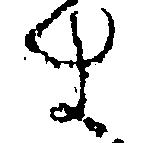
す